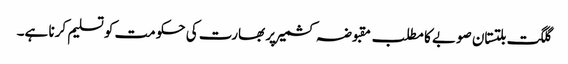
گلگت بلتستان صوبے کا مطلب مقبوضہ کشمیر پر بھارت کی حکومت کو تسلیم کرنا ہے۔